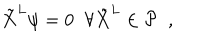
\tilde { X } ^ { L } \psi = 0 \; \; \forall \tilde { X } ^ { L } \in { \cal P } \; \; ,